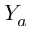
Y _ { a }